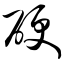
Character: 硬